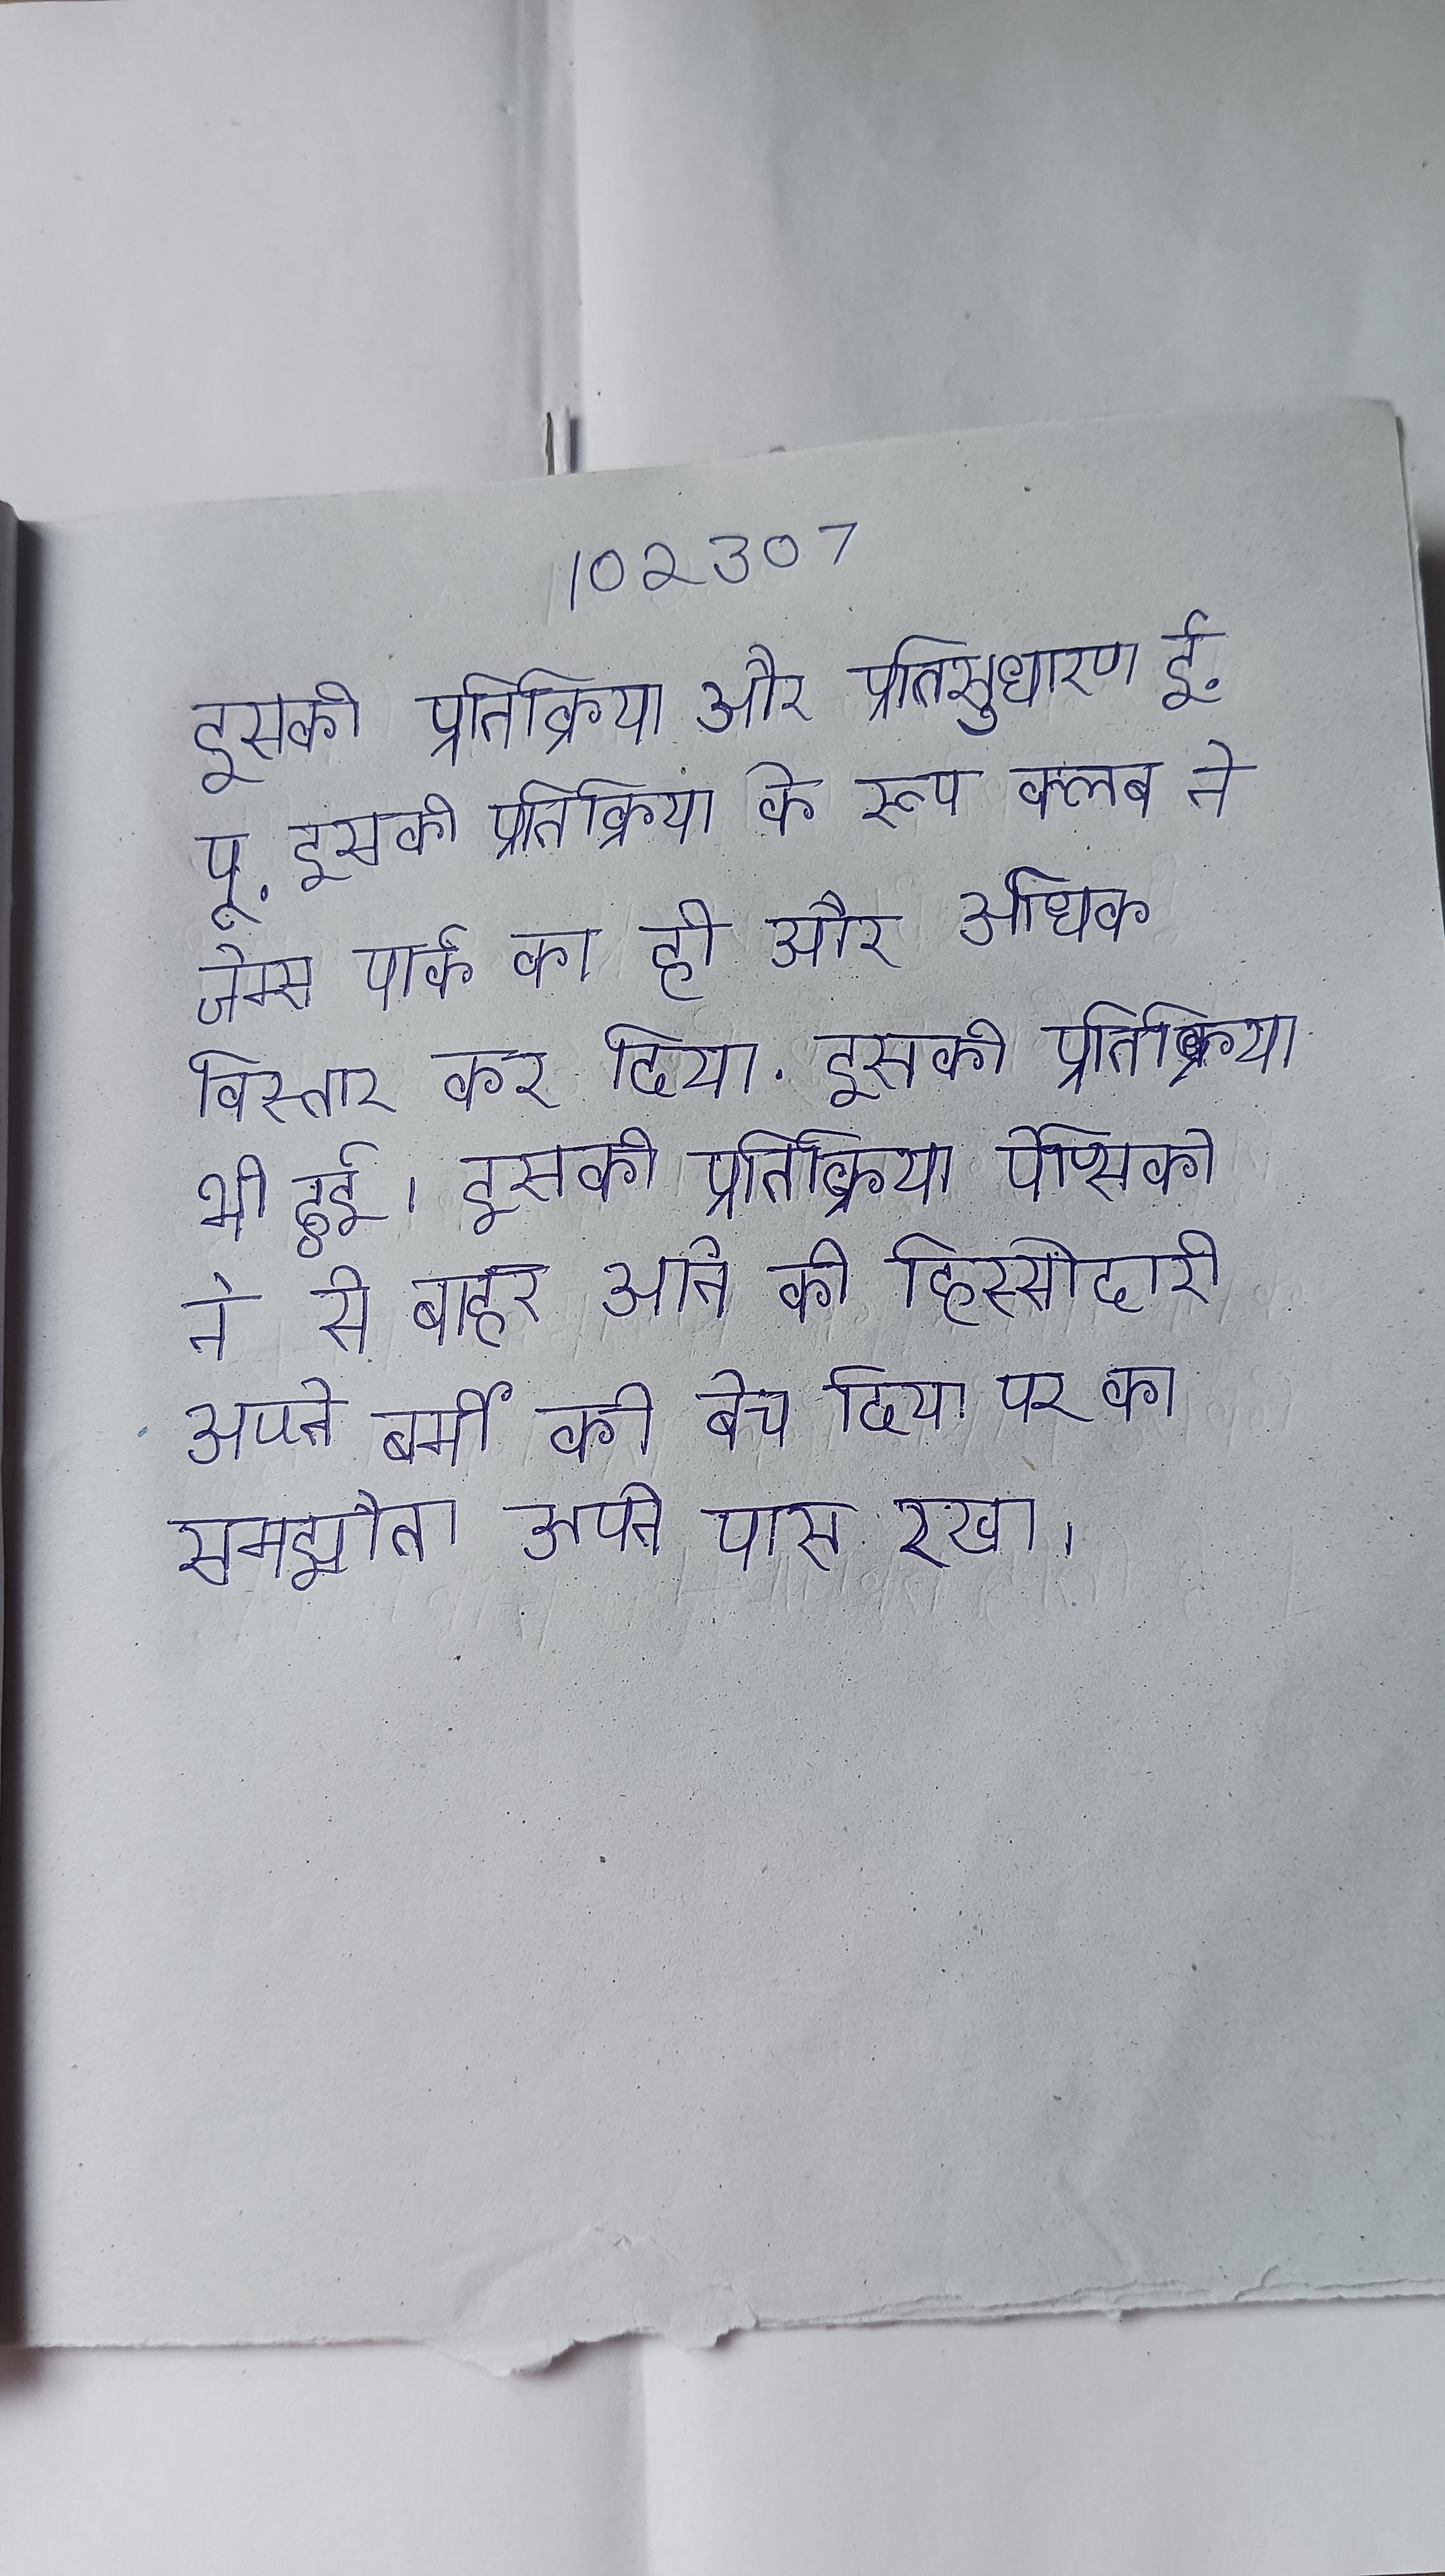
इसकी प्रतिक्रिया और प्रतिसुधारण ई. पू . इसकी प्रतिक्रिया के रूप क्लब ने जेम्स पार्क का ही और अधिक विस्तार कर दिया . इसकी प्रतिक्रिया भी हुई । इसकी प्रतिक्रिया पेप्सिको ने से बाहर आने के लिए बर्मी उद्यम की हिस्सेदारी अपने बर्मी को बेच दिया पर का समझौता अपने पास रखा ।